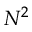
N ^ { 2 }